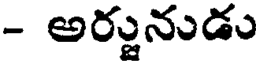
- అర్జునుడు